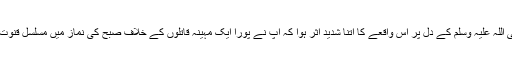
آنحضور صلی اللہ علیہ وسلم کے دل پر اس واقعے کا اتنا شدید اثر ہوا کہ آپؐ نے پورا ایک مہینہ قاتلوں کے خلاف صبح کی نماز میں مسلسل قنوتِ نازلہ پڑھی۔